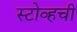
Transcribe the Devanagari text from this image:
स्टोव्हची